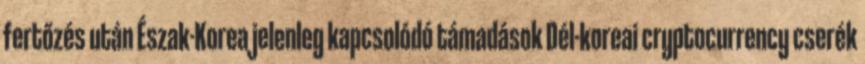
fertőzés után Észak-Korea jelenleg kapcsolódó támadások Dél-koreai cryptocurrency cserék